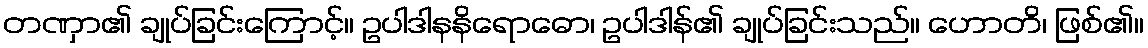
တဏှာ၏ ချုပ်ခြင်းကြောင့်။ ဥပါဒါနနိရောဓော၊ ဥပါဒါန်၏ ချုပ်ခြင်းသည်။ ဟောတိ၊ ဖြစ်၏။